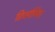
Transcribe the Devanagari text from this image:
डिप्लोपिया